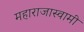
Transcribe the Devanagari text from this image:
महाराजास्‍वामी